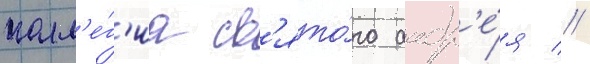
колл'е́г'иа св'ято́го андр'е́я //